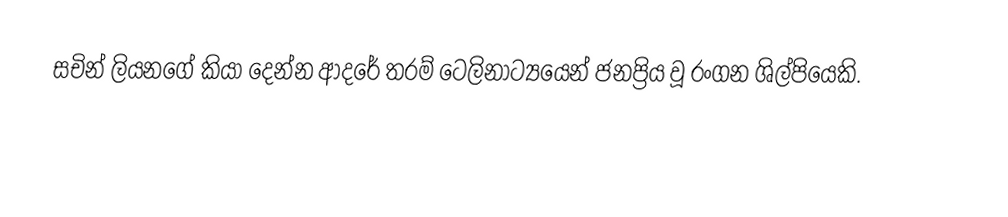
සචින් ලියනගේ කියා දෙන්න ආදරේ තරම් ටෙලිනාට්‍යයෙන් ජනප්‍රිය වූ රංගන ශිල්පියෙකි.